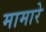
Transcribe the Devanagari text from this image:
मामारे